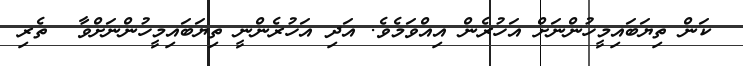
ކަން ތިޔަބައިމީހުންނަށް އަހުރެން އިއްވަމެވެ. އަދި އަހުރެންނީ ތިޔަބައިމީހުންނަށްވާ  ތެރި